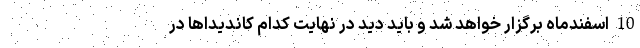
10 اسفندماه برگزار خواهد شد و باید دید در نهایت کدام کاندیداها در